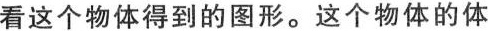
看这个物体得到的图形。这个物体的体